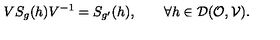
V S _ { g } ( h ) V ^ { - 1 } = S _ { g ^ { \prime } } ( h ) , \quad \quad \forall h \in { \cal D } ( { \cal O } , { \cal V } ) .